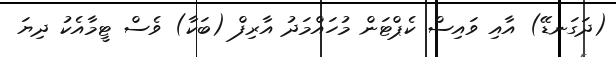
(ދަގަނޑޭ) އާއި ވައިސް ކެޕްޓަން މުހައްމަދު އާރިފް (ބަކާ) ވެސް ޓީމާއެކު ދިޔަ